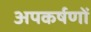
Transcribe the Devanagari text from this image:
अपकर्षणों